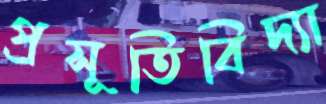
প্রসূতিবিদ্যা